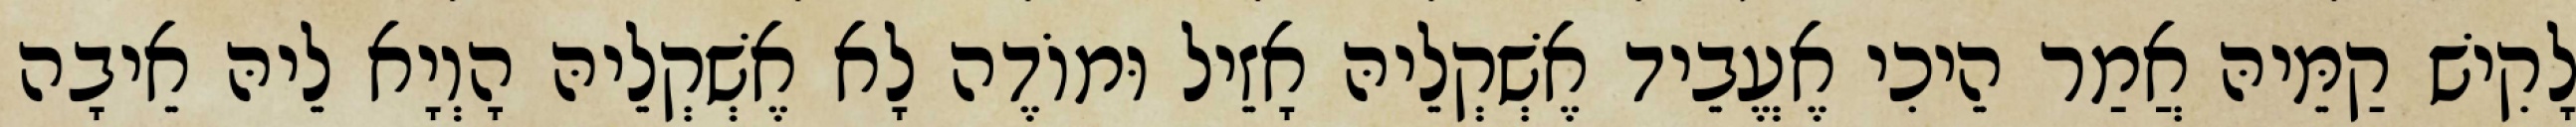
לָקִישׁ קַמֵּיהּ אֲמַר הֵיכִי אֶעֱבֵיד אֶשְׁקְלֵיהּ אָזֵיל וּמוֹדֶה לָא אֶשְׁקְלֵיהּ הָוְיָא לֵיהּ אֵיבָה